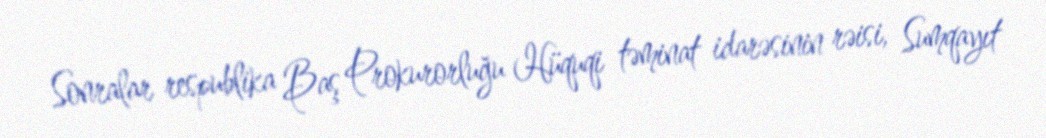
Sonralar respublika Baş Prokurorluğu Hüquqi təminat idarəsinin rəisi, Sumqayıt